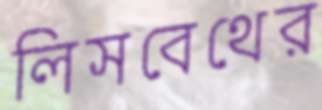
লিসবেথের